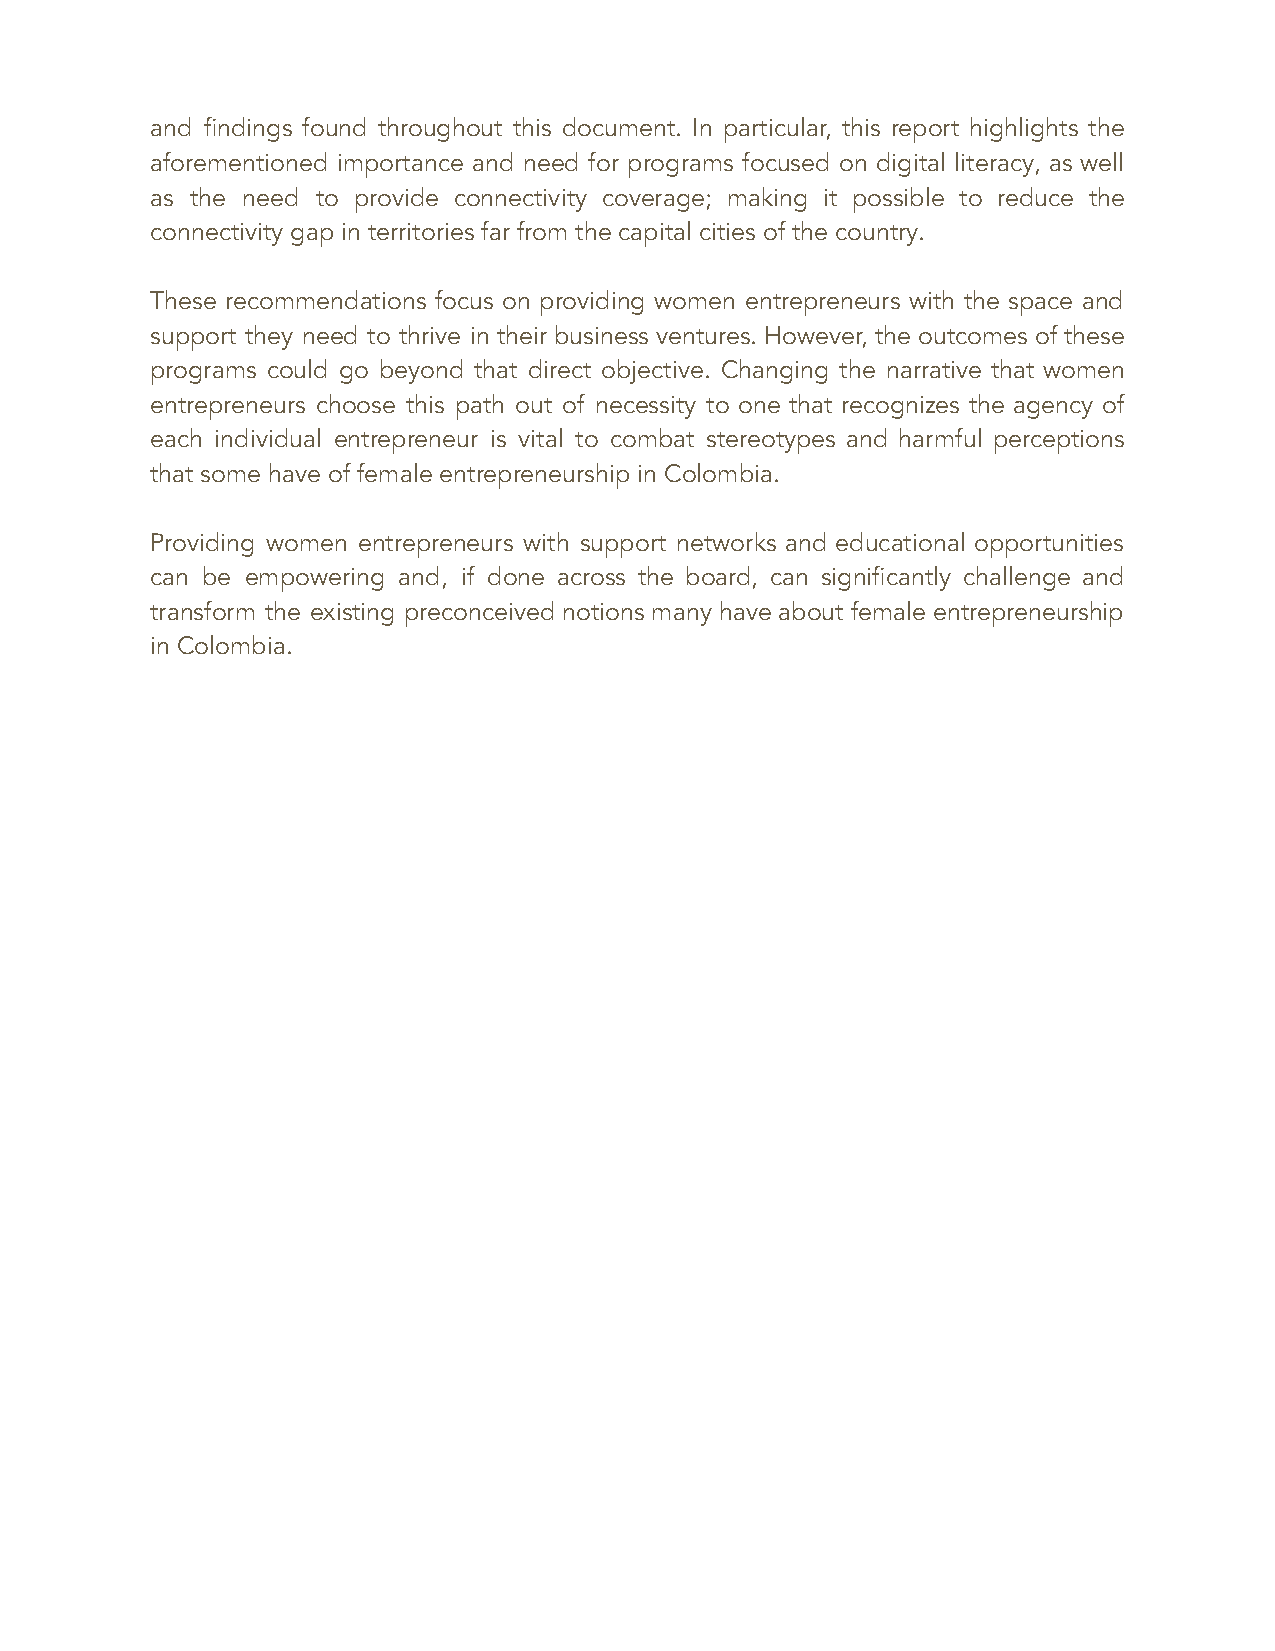
and findings found throughout this document. In particular, this report highlights the
 aforementioned importance and need for programs focused on digital literacy, as well
 as the need to provide connectivity coverage; making it possible to reduce the
 connectivity gap in territories far from the capital cities of the country.
 These recommendations focus on providing women entrepreneurs with the space and
 support they need to thrive in their business ventures. However, the outcomes of these
 programs could go beyond that direct objective. Changing the narrative that women
 entrepreneurs choose this path out of necessity to one that recognizes the agency of
 each individual entrepreneur is vital to combat stereotypes and harmful perceptions
 that some have of female entrepreneurship in Colombia.
 Providing women entrepreneurs with support networks and educational opportunities
 can be empowering and, if done across the board, can significantly challenge and
 transform the existing preconceived notions many have about female entrepreneurship
 in Colombia.